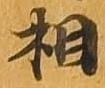
相